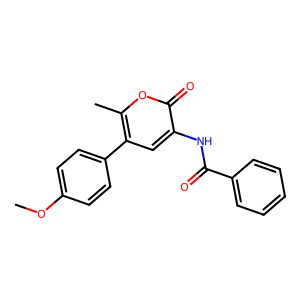
SMILES: COc1ccc(-c2cc(NC(=O)c3ccccc3)c(=O)oc2C)cc1
Inhibits HIV replication: No